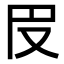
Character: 𠬩